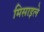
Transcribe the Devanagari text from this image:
मिसाइले